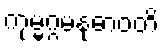
ကုမ္မဂ္ဂမနုဓာဝတိ